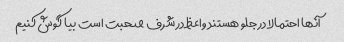
آنها احتمالا در جلو هستند واعظ در شرف صحبت است بیا گوش کنیم